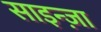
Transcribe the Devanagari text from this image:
साइन्ज़ा